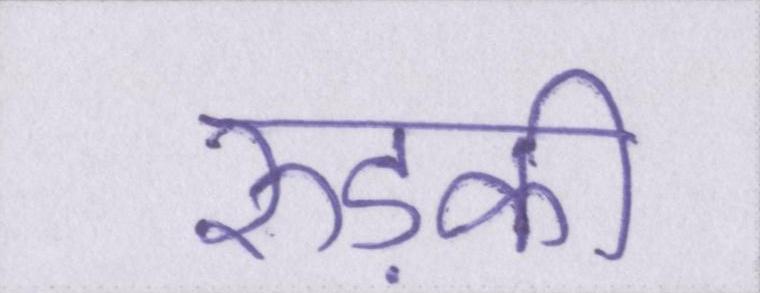
रुड़की